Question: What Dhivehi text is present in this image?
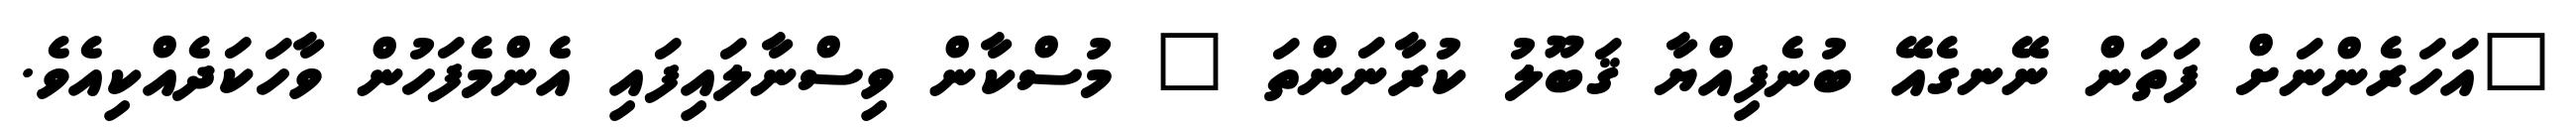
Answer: "އަހަރެންނަށް ފަތަން ނޭނގެއޭ ބުނެފިއްޔާ ޤަބޫލު ކުރާނަންތަ " މުސްކާން ވިސްނާލައިފައި އެންމެފަހުން ވާހަކަދެއްކިއެވެ.